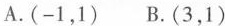
A.(-1，1) B.(3，1)